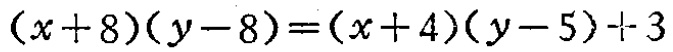
\((x + 8)(y - 8)=(x + 4)(y - 5)+3\)